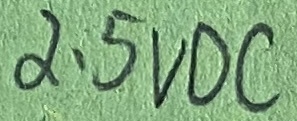
Text: 2.5VDC